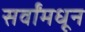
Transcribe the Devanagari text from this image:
सर्वांमधून